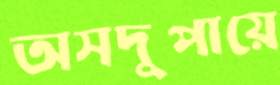
অসদুপায়ে